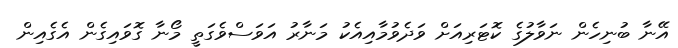
އޭނާ ބުނިހެން ނަވާލުގެ ކޮޓަރިއަށް ވަދެވުމާއިއެކު މަނާރު އަވަސްވެގަތީ މޯނާ ގޮވައިގެން އެގެއިން